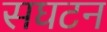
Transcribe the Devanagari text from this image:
सघटन